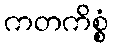
ကတကိစ္စံ